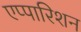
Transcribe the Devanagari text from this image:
एप्पारिशन